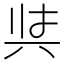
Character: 𭁇